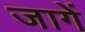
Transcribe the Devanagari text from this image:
जागें